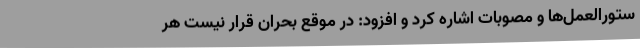
ستورالعمل‌ها و مصوبات اشاره کرد و افزود: در موقع بحران قرار نیست هر